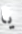
يا